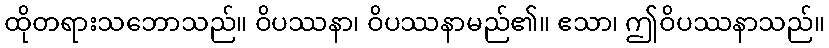
ထိုတရားသဘောသည်။ ဝိပဿနာ၊ ဝိပဿနာမည်၏။ ဧသာ၊ ဤဝိပဿနာသည်။